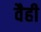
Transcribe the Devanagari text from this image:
वैही